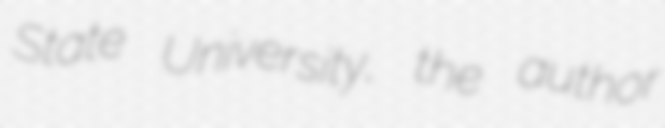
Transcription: State University, the author